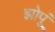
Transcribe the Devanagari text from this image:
झोपूं